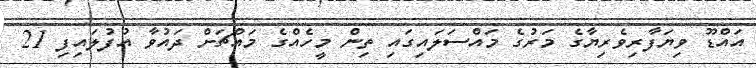
އައްޑޫ ވިޔަފާރިވެރިޔާގެ މަރުގެ މައްސަލައިގައި ތިން މީހެއްގެ މައްޗަށް ދައުވާ އުފުލައިފި 21